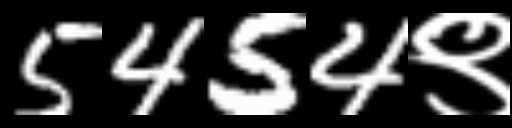
Text: 5454९